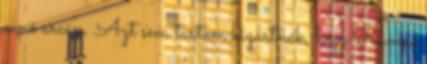
a nő arcán. Azt sem tartom kizártnak, hogy Rumpi